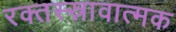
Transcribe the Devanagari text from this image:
रक्तस्स्रावात्मक